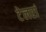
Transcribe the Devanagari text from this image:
टेलरां